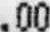
.00